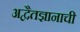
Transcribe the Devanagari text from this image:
अद्वैतज्ञानाची